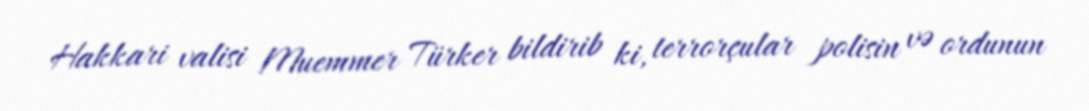
Hakkari valisi Muemmer Türker bildirib ki, terrorçular polisin və ordunun